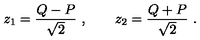
z _ { 1 } = \frac { Q - P } { \sqrt { 2 } } \ , \qquad z _ { 2 } = \frac { Q + P } { \sqrt { 2 } } \ .